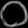
Digit: ၀